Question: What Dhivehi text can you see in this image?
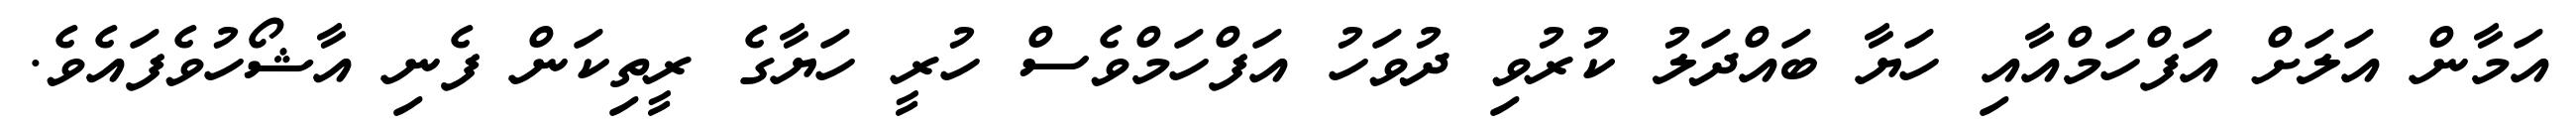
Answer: އަމާން އަލަށް އަފްހަމްއާއި ހަޔާ ބައްދަލު ކުރުވި ދުވަހު އަފްހަމްވެސް ހުރީ ހަޔާގެ ރީތިކަން ފެނި އާޝޯހުވެފައެވެ.